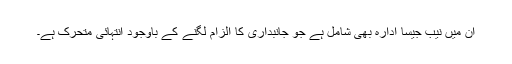
اِن میں نَیب جیسا ادارہ بھی شامل ہے جو جانبداری کا الزام لگنے کے باوجود انتہائی متحرک ہے۔